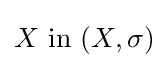
X{\text{ in }}(X,\sigma )